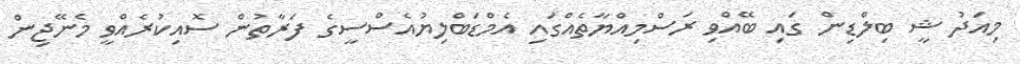
މިއަދު ޝީ ބިލްޑިން ގައި ބޭއްވި ރަސްމިއްޔާތެއްގައި އެމްޑަބްލިޔުއެސްސީގެ ފަރާތުން ސޮއިކުރެއްވީ މެނޭޖިން